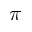
\pi